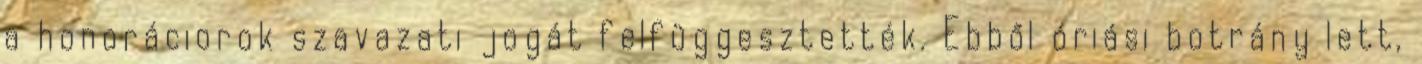
a honoráciorok szavazati jogát felfüggesztették. Ebből óriási botrány lett,